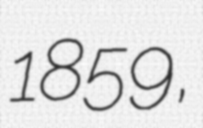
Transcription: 1859,